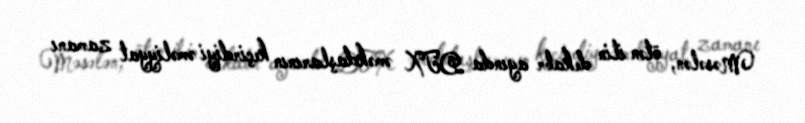
Məsələn, ötən ilin dekabr ayında DTX əməkdaşlarının keçirdiyi əməliyyat zamanı